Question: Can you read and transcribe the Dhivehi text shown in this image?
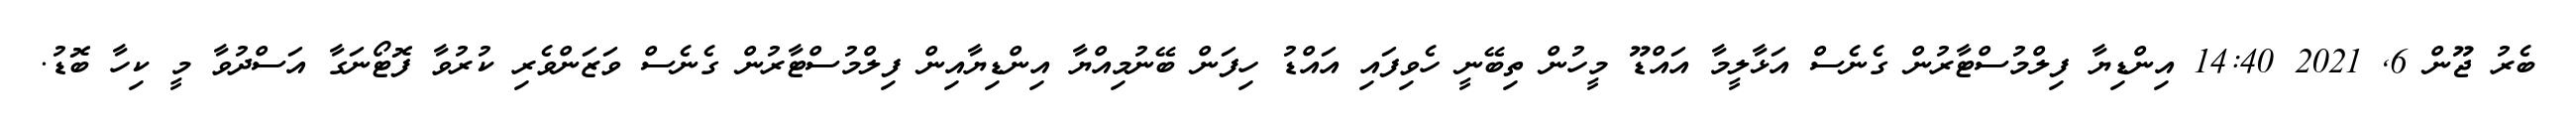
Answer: ބެރު ޖޫން 6, 2021 14:40 އިންޑިޔާ ފިލްމުސްޓާރުން ގެނެސް އަޅާލީމާ އައްޑޫ މީހުން ތިބޭނީ ހެވިފައި އައްޑު ހިފަން ބޭނުމިއްޔާ އިންޑިޔާއިން ފިލްމުސްޓާރުން ގެނެސް ވަޒަންވެރި ކުރުވާ ފޮޓޯނަގާ އަސްދުވާ މީ ކިހާ ބޮޑު.